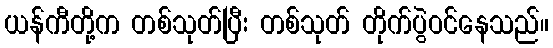
ယန်ကီတို့က တစ်သုတ်ပြီး တစ်သုတ် တိုက်ပွဲဝင်နေသည်။